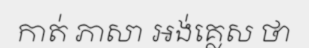
កាត់ ភាសា អង់គ្លេស ថា